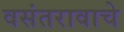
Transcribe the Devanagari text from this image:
वसंतरावाचे